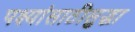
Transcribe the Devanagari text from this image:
पक्ष्यांसाठीसुद्धा